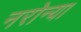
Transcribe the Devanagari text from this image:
नरोन्या